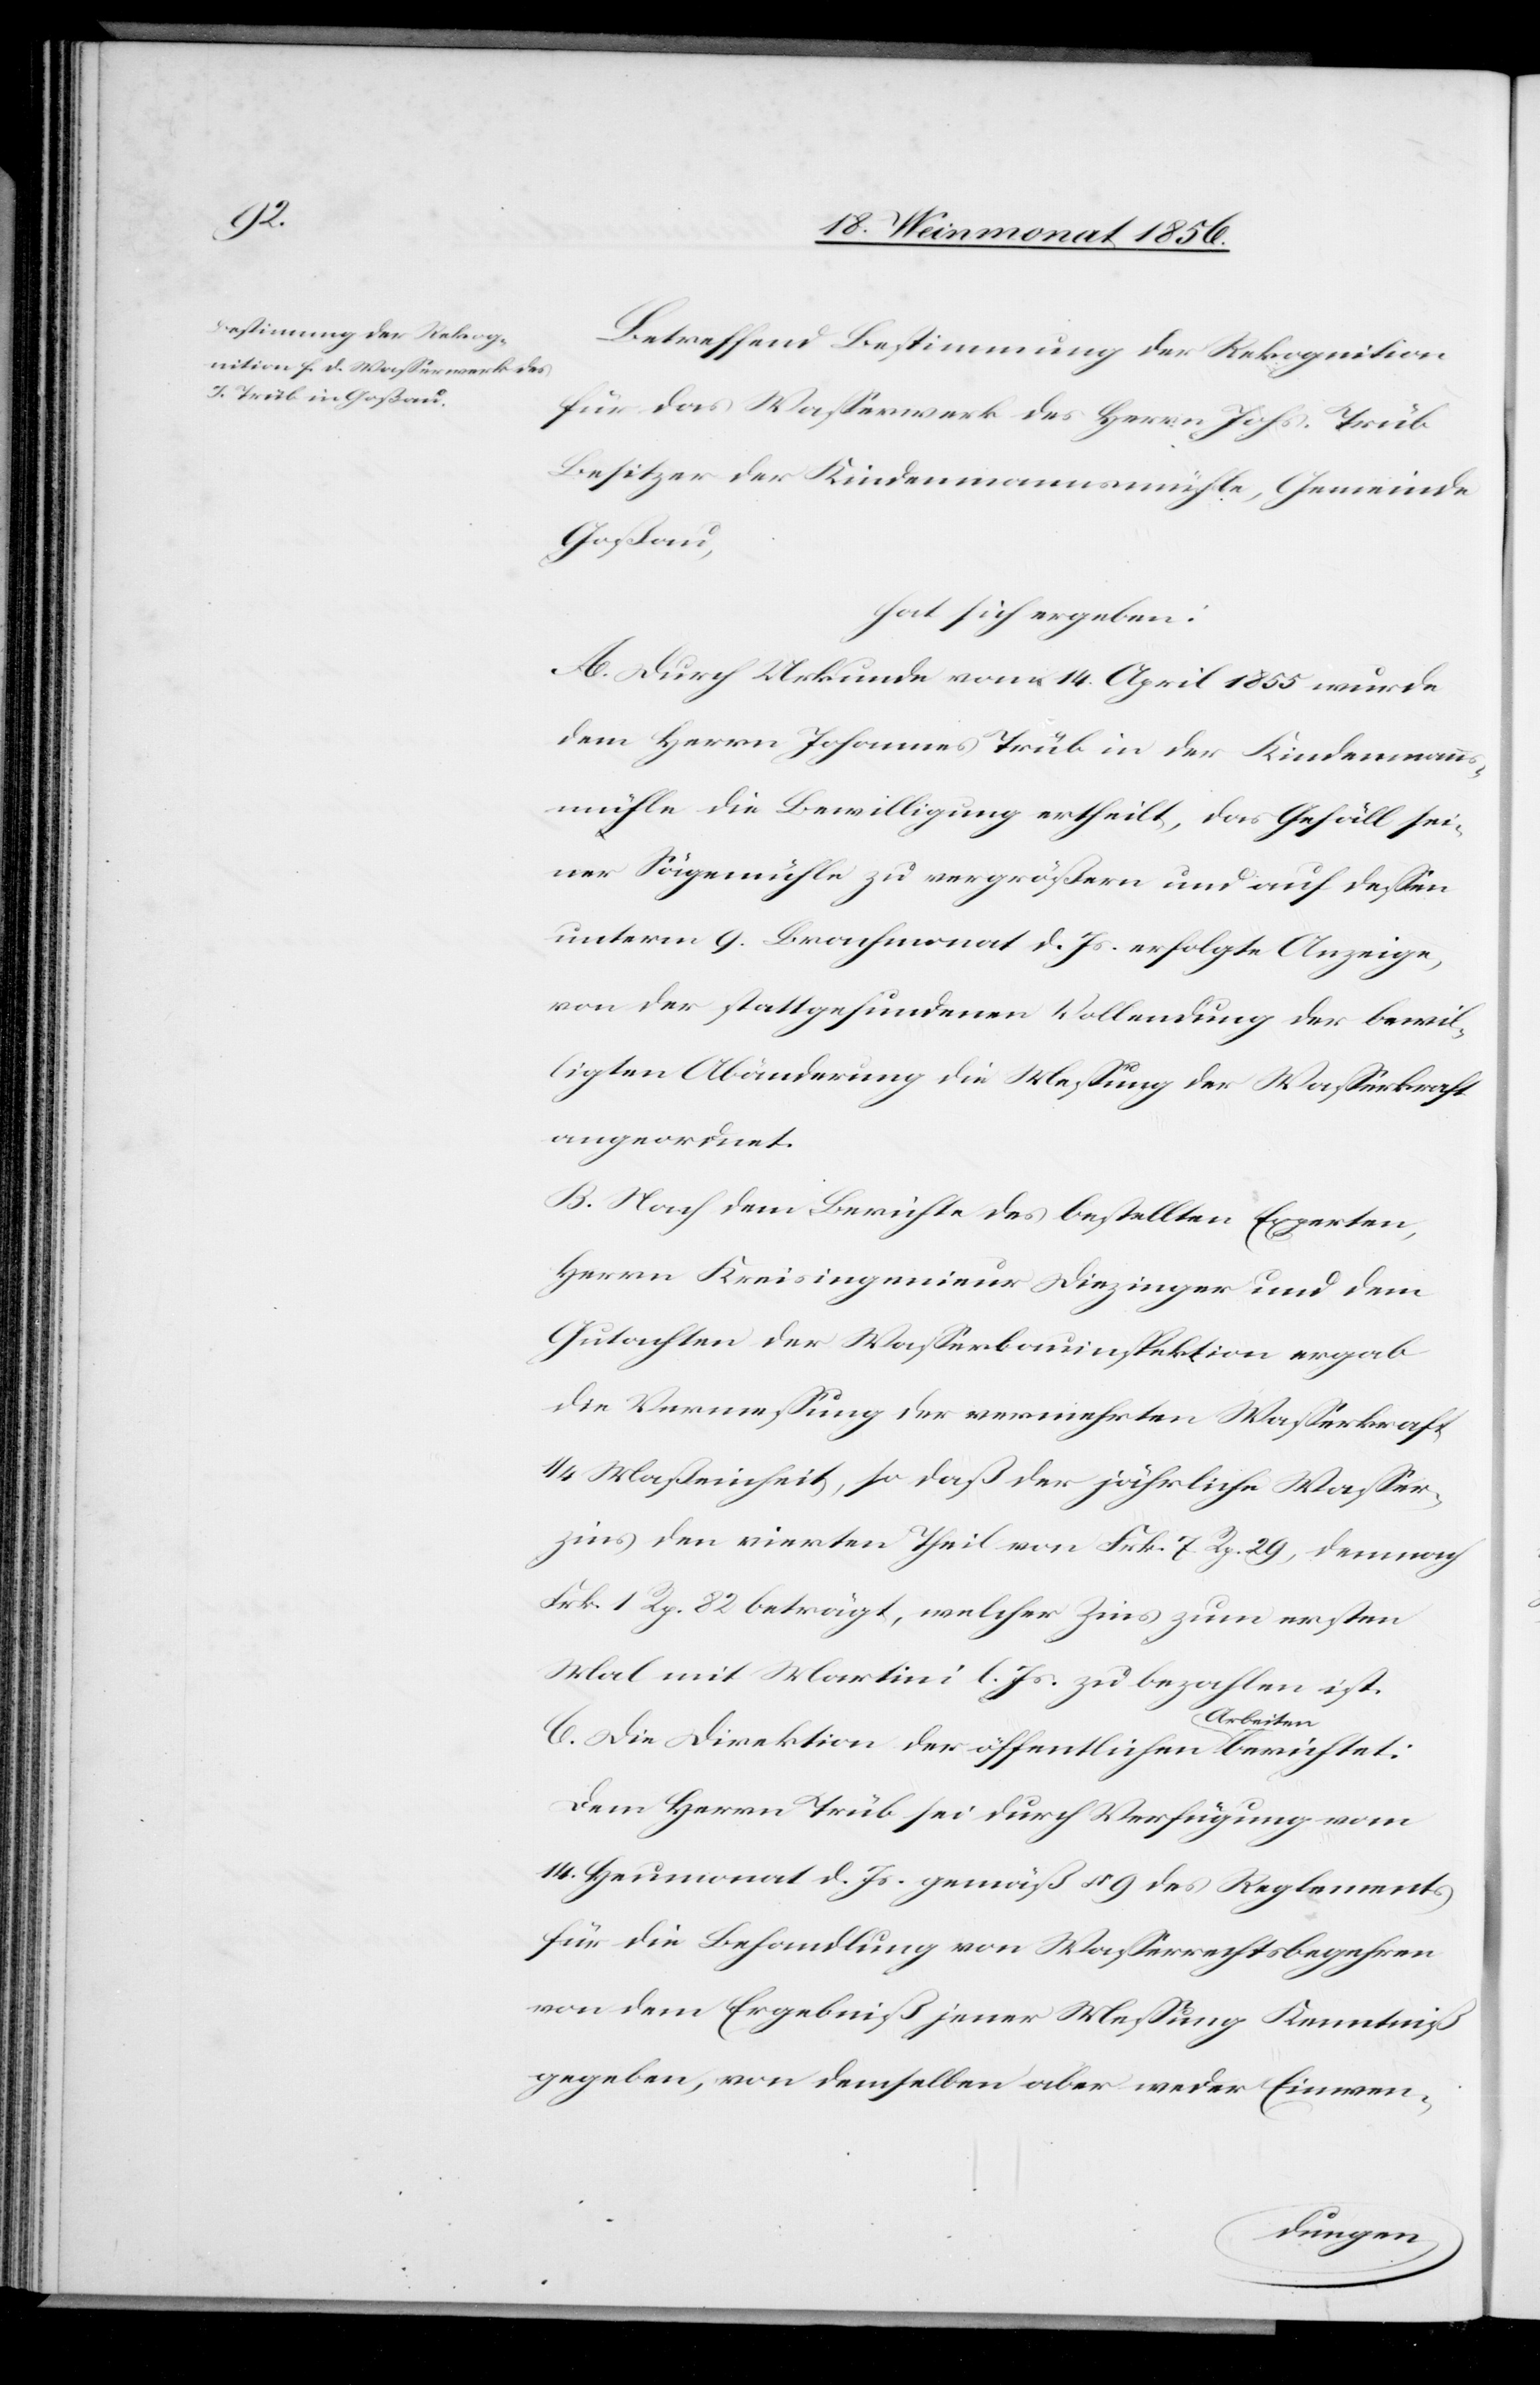
Betreffend Bestimmung der Rekognition
für das Wasserwerk des Herrn Johs. Trüb
Besitzer der Kindenmannsmühle, Gemeinde
Goßau,
hat sich ergeben:
A. Durch Urkunde vom 14. April 1855 wurde
dem Herrn Johannes Trüb in der Kindenmanns¬
mühle die Bewilligung ertheilt, das Gefäll sei¬
ner Sägemühle zu vergrößern und auf dessen
unterm 9. Brachmonat d. Js. erfolgte Anzeige,
von der stattgefundenen Vollendung der bewil¬
ligten Abänderung die Messung der Wasserkraft
angeordnet.
B. Nach dem Bericht des bestellten Experten,
Herrn Kreisingenieur Diezinger und dem
Gutachten der Wasserbauinspektion ergab
die Vermessung der vermehrten Wasserkraft
¼ Maßeinheit, so daß der jährliche Wasser¬
zins den vierten Theil von Frk. 7 Rp. 29, demnach
Frk. 1 Rp. 82 beträgt, welcher Zins zum ersten
Mal mit Martini l. Js. zu bezahlen ist.
C. Die Direktion der öffentlichen a-Arbeiten-a
Dem Herrn Trüb sei durch Verfügung vom
14. Heumonat d. Js. gemäß § 9 des Reglements
für die Behandlung von Wasserrechtsbegehren
von dem Ergebniß jener Messung Kenntniß
gegeben, von demselben aber weder Einwen-